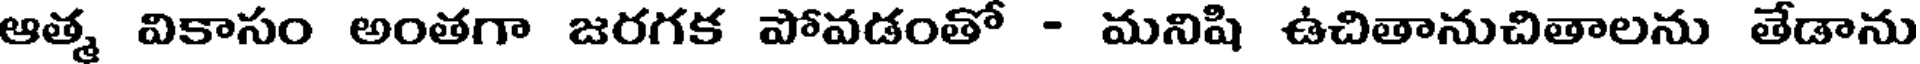
ఆత్మ వికాసం అంతగా జరగక పోవడంతో - మనిషి ఉచితానుచితాలను తేడాను